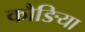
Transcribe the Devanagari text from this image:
कौङिया